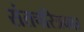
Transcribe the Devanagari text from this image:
संतचरित्रकार